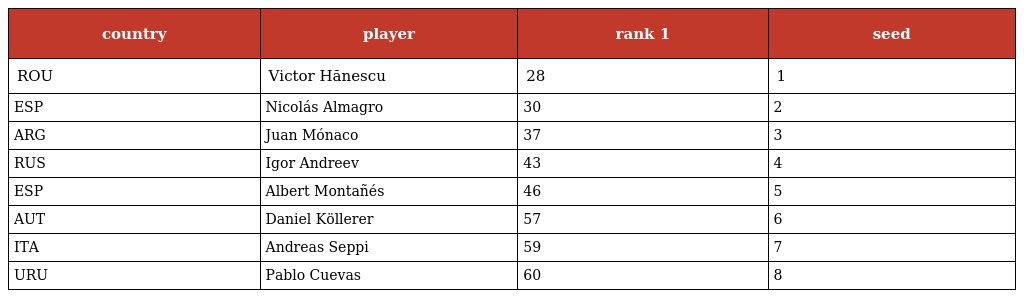
| country | player | rank 1 | seed |
 | --- | --- | --- | --- |
 | ROU | Victor Hănescu | 28 | 1 |
 | ESP | Nicolás Almagro | 30 | 2 |
 | ARG | Juan Mónaco | 37 | 3 |
 | RUS | Igor Andreev | 43 | 4 |
 | ESP | Albert Montañés | 46 | 5 |
 | AUT | Daniel Köllerer | 57 | 6 |
 | ITA | Andreas Seppi | 59 | 7 |
 | URU | Pablo Cuevas | 60 | 8 |